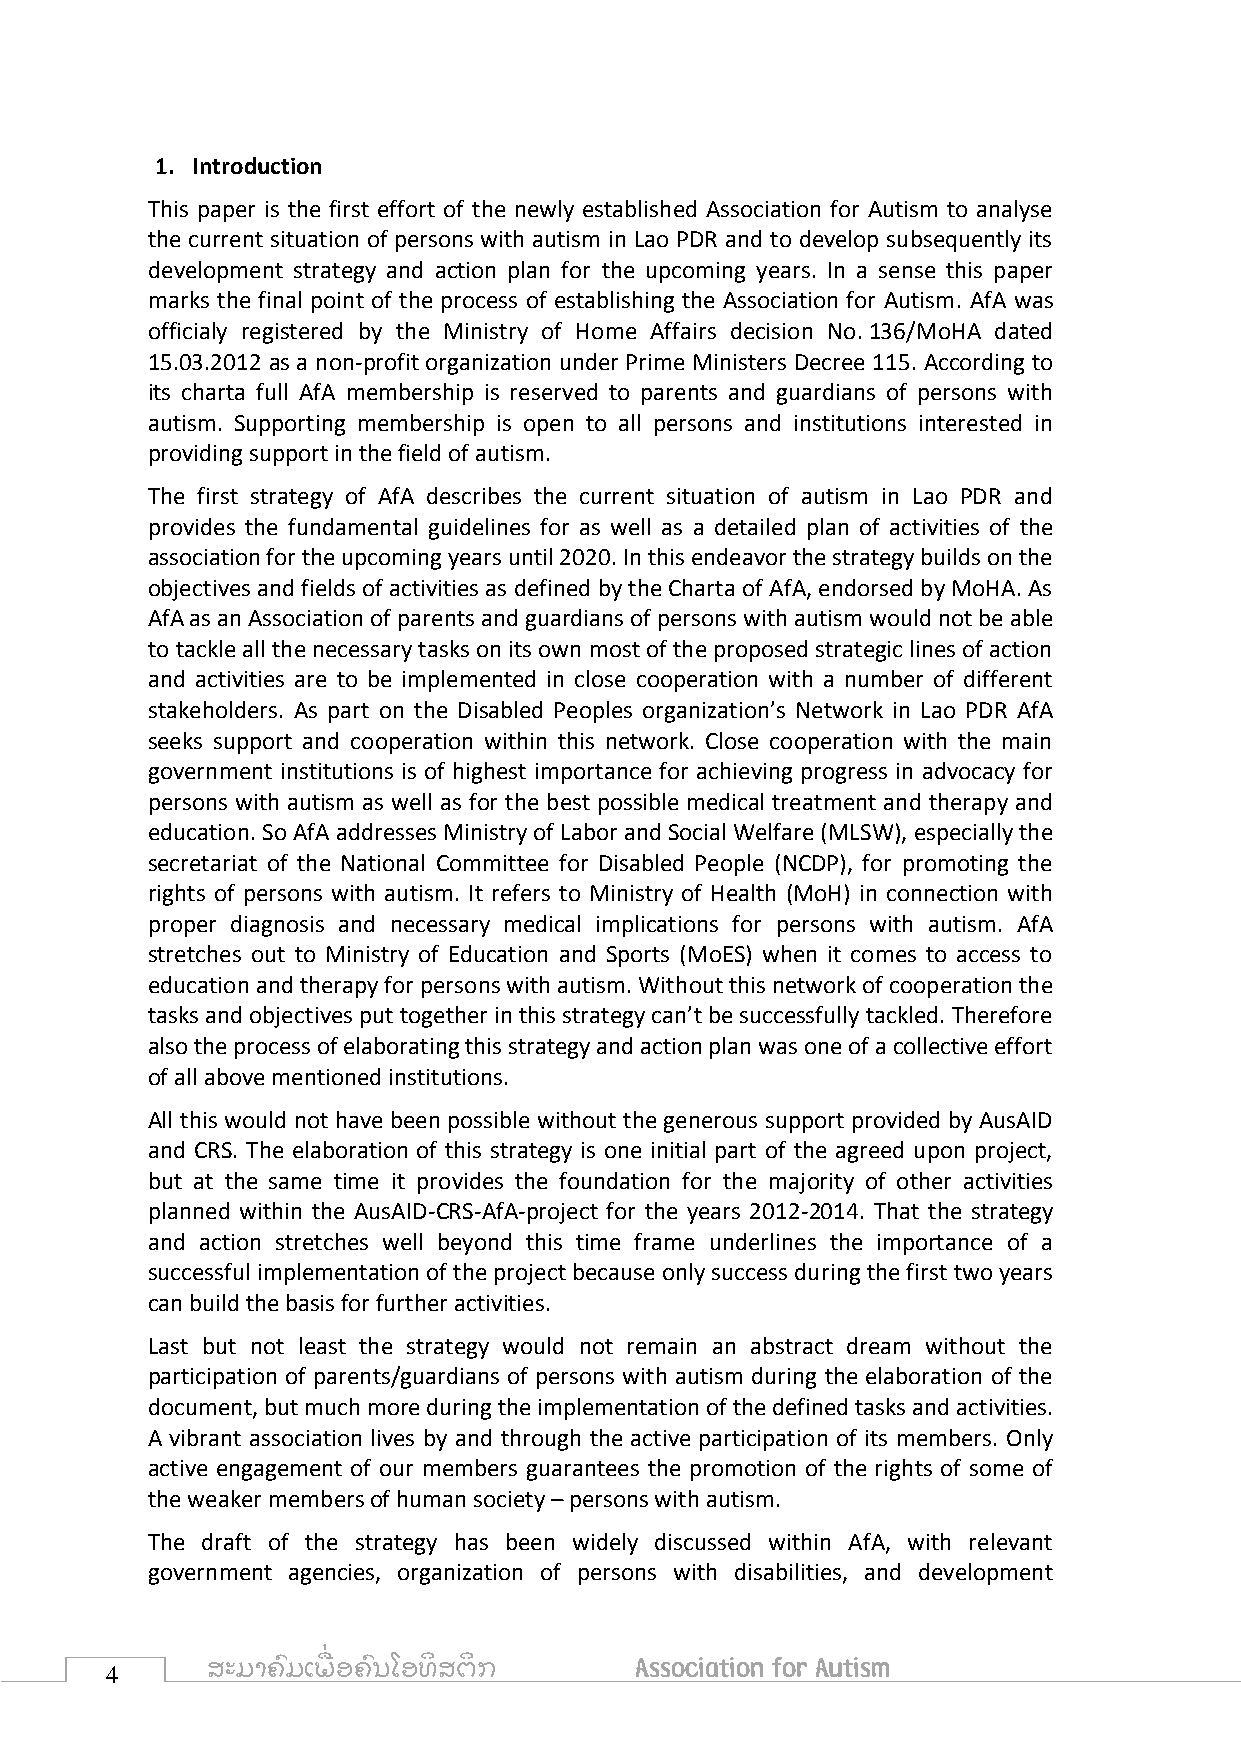
1. Introduction
 This paper is the first effort of the newly established Association for Autism to analyse
 the current situation of persons with autism in Lao PDR and to develop subsequently its
 development strategy and action plan for the upcoming years. In a sense this paper
 marks the final point of the process of establishing the Association for Autism. AfA was
 officialy registered by the Ministry of Home Affairs decision No. 136/MoHA dated
 15.03.2012 as a non-profit organization under Prime Ministers Decree 115. According to
 its charta full AfA membership is reserved to parents and guardians of persons with
 autism. Supporting membership is open to all persons and institutions interested in
 providing support in the field of autism.
 The first strategy of AfA describes the current situation of autism in Lao PDR and
 provides the fundamental guidelines for as well as a detailed plan of activities of the
 association for the upcoming years until 2020. In this endeavor the strategy builds on the
 objectives and fields of activities as defined by the Charta of AfA, endorsed by MoHA. As
 AfA as an Association of parents and guardians of persons with autism would not be able
 to tackle all the necessary tasks on its own most of the proposed strategic lines of action
 and activities are to be implemented in close cooperation with a number of different
 stakeholders. As part on the Disabled Peoples organization’s Network in Lao PDR AfA
 seeks support and cooperation within this network. Close cooperation with the main
 government institutions is of highest importance for achieving progress in advocacy for
 persons with autism as well as for the best possible medical treatment and therapy and
 education. So AfA addresses Ministry of Labor and Social Welfare (MLSW), especially the
 secretariat of the National Committee for Disabled People (NCDP), for promoting the
 rights of persons with autism. It refers to Ministry of Health (MoH) in connection with
 proper diagnosis and necessary medical implications for persons with autism. AfA
 stretches out to Ministry of Education and Sports (MoES) when it comes to access to
 education and therapy for persons with autism. Without this network of cooperation the
 tasks and objectives put together in this strategy can’t be successfully tackled. Therefore
 also the process of elaborating this strategy and action plan was one of a collective effort
 of all above mentioned institutions.
 All this would not have been possible without the generous support provided by AusAID
 and CRS. The elaboration of this strategy is one initial part of the agreed upon project,
 but at the same time it provides the foundation for the majority of other activities
 planned within the AusAID-CRS-AfA-project for the years 2012-2014. That the strategy
 and action stretches well beyond this time frame underlines the importance of a
 successful implementation of the project because only success during the first two years
 can build the basis for further activities.
 Last but not least the strategy would not remain an abstract dream without the
 participation of parents/guardians of persons with autism during the elaboration of the
 document, but much more during the implementation of the defined tasks and activities.
 A vibrant association lives by and through the active participation of its members. Only
 active engagement of our members guarantees the promotion of the rights of some of
 the weaker members of human society – persons with autism.
 The draft of the strategy has been widely discussed within AfA, with relevant
 government agencies, organization of persons with disabilities, and development
 4      ສະມາຄົ ມເພ ື່ ອຄົ ນໂອທິ ສຕິ ກ Association for Autism